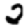
Digit: 2